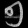
Digit: ၅